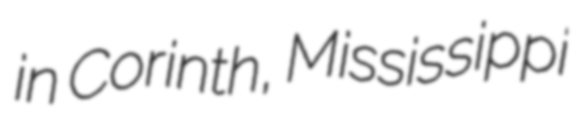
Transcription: in Corinth, Mississippi